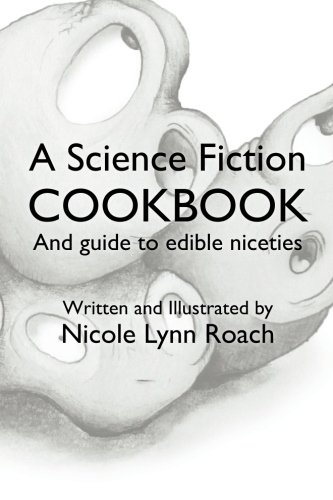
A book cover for A Science Fiction Cookbook: And Guide to Edible Niceties; Nicole Lynn Roach; Literature & Fiction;